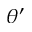
\theta ^ { \prime }